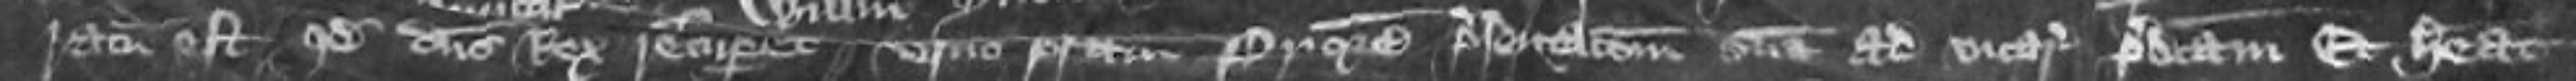
ratum est quod dominus Rex recuperet versus prefatum Priorem presentationem suam ad vicariam predictam Et habeat